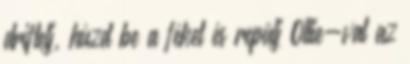
driftelj, húzd be a féket és repülj Ollie-val az